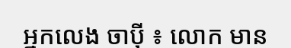
អ្នកលេង ចាប៉ី ៖ លោក មាន